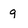
Character: 9